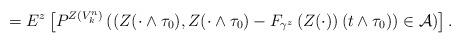
LaTeX: \begin{align*}=E^z\left[P^{Z(V_k^n)}\left(\left(Z(\cdot\wedge\tau_0), Z(\cdot\wedge\tau_0)- F_{\gamma^z}\left(Z(\cdot)\right)(t\wedge\tau_0)\right)\in {\mathcal A}\right)\right].\end{align*}